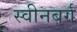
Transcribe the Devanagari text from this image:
स्वीनबर्ग